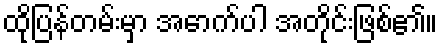
ထိုပြန်တမ်းမှာ အောက်ပါ အတိုင်းဖြစ်၏။